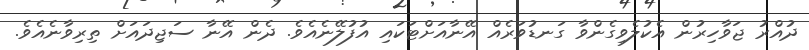
ދުއްރު ޖަވާހިރުން އެކުލެވިގެންވާ ގަނޑުވަރެއް އޭނާއަށްޓަކައި އުފުލޭނެއެވެ. ދެން އޭނާ ސަޖިދައަށް ތިރިވާނެއެވެ.